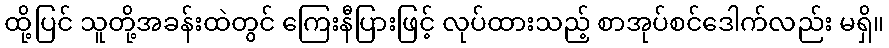
ထို့ပြင် သူတို့အခန်းထဲတွင် ကြေးနီပြားဖြင့် လုပ်ထားသည့် စာအုပ်စင်ဒေါက်လည်း မရှိ။